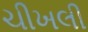
ચીખલી